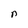
Character: n